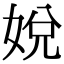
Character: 娧